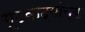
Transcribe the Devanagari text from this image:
गूढवाद्यांच्या